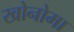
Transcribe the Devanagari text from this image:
खोनोमा